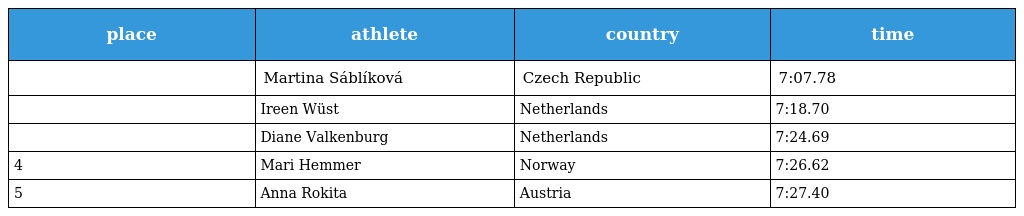
| place | athlete | country | time |
 | --- | --- | --- | --- |
 |  | Martina Sáblíková | Czech Republic | 7:07.78 |
 |  | Ireen Wüst | Netherlands | 7:18.70 |
 |  | Diane Valkenburg | Netherlands | 7:24.69 |
 | 4 | Mari Hemmer | Norway | 7:26.62 |
 | 5 | Anna Rokita | Austria | 7:27.40 |